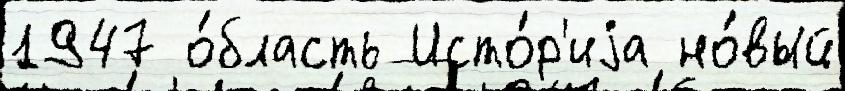
1947 о́бласть Исто́р'иjа но́вый